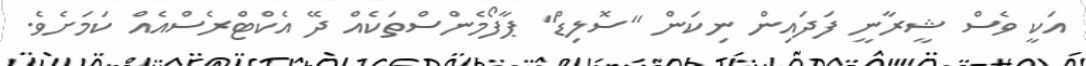
އަކީ ވެސް ޝީރާނީ ފަދައިން ނިކަން "ސޮލިޑް" ޕާފޯމެންސްތަކެއް ދޭ އެކްޓްރެސްއެއް ކަމަށެވެ.